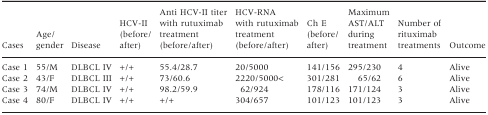
| Cases | Age/ gender | Disease | HCV-II (before/ after) | Anti HCV-II titer with rutuximab treatment (before/after) | HCV-RNA with rutuximab treatment (before/after) | Ch E (before/ after) | Maximum AST/ALT during treatment | Number of rituximab treatments | Outcome |
 | --- | --- | --- | --- | --- | --- | --- | --- | --- | --- |
 | Case 1 | 55/M | DLBCL IV | +/+ | 55.4/28.7 | 20/5000 | 141/156 | 295/230 | 4 | Alive |
 | Case 2 | 43/F | DLBCL III | +/+ | 73/60.6 | 2220/5000< | 301/281 | 65/62 | 6 | Alive |
 | Case 3 | 74/M | DLBCL IV | +/+ | 98.2/59.9 | 62/924 | 178/116 | 171/124 | 3 | Alive |
 | Case 4 | 80/F | DLBCL IV | +/+ | +/+ | 304/657 | 101/123 | 101/123 | 3 | Alive |